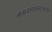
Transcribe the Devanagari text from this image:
संसदसदस्यत्वाचा